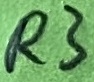
Text: R3